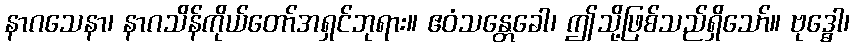
နာဂသေနာ၊ နာဂသိန်ကိုယ်တော်အရှင်ဘုရား။ ဧဝံသန္တေခေါ၊ ဤသို့ဖြစ်သည်ရှိသော်။ ဗုဒ္ဓေါ၊